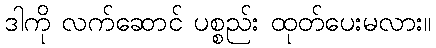
ဒါကို လက်ဆောင် ပစ္စည်း ထုတ်ပေးမလား။